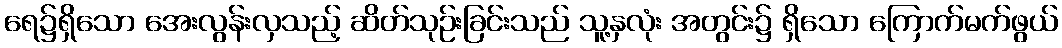
ရေ၌ရှိသော အေးလွန်းလှသည့် ဆိတ်သုဉ်းခြင်းသည် သူ့နှလုံး အတွင်း၌ ရှိသော ကြောက်မက်ဖွယ်